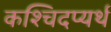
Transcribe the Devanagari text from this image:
कश्चिदप्यर्थ